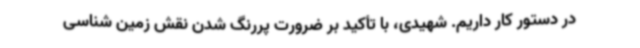
در دستور کار داریم. شهیدی، با تأکید بر ضرورت پررنگ شدن نقش زمین شناسی